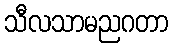
သီလသာမညဂတာ